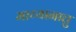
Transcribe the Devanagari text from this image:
माय्यानात्तु